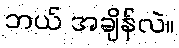
ဘယ် အချိန်လဲ။